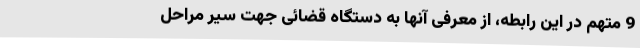
9 متهم در این رابطه، از معرفی آنها به دستگاه قضائی جهت سیر مراحل